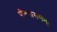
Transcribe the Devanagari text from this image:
पीतवाससम्‌।